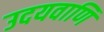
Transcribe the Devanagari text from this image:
उदयवाणि